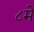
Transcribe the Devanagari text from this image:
८मे